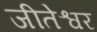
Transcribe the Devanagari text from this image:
जीतेश्वर